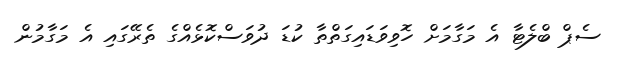
ސެޕް ބްލެޓާ އެ މަގާމަށް ހޮވިވަޑައިގަތްތާ ކުޑަ ދުވަސްކޮޅެއްގެ ތެރޭގައި އެ މަގާމުން